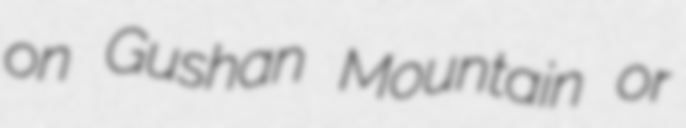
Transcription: on Gushan Mountain or